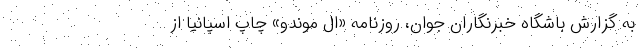
به گزارش باشگاه خبرنگاران جوان، روزنامه «ال موندو» چاپ اسپانیا از